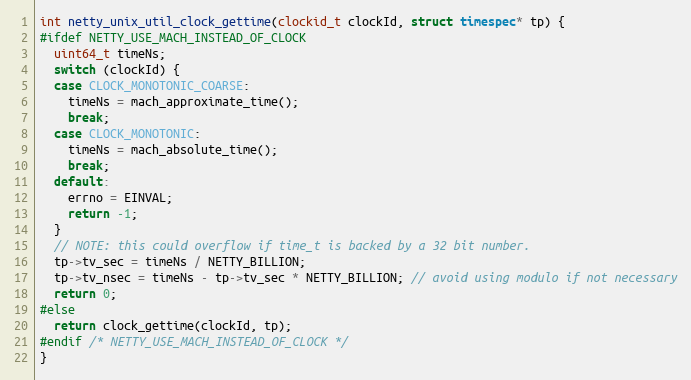
Language: C
int netty_unix_util_clock_gettime(clockid_t clockId, struct timespec* tp) {
#ifdef NETTY_USE_MACH_INSTEAD_OF_CLOCK
  uint64_t timeNs;
  switch (clockId) {
  case CLOCK_MONOTONIC_COARSE:
    timeNs = mach_approximate_time();
    break;
  case CLOCK_MONOTONIC:
    timeNs = mach_absolute_time();
    break;
  default:
    errno = EINVAL;
    return -1;
  }
  // NOTE: this could overflow if time_t is backed by a 32 bit number.
  tp->tv_sec = timeNs / NETTY_BILLION;
  tp->tv_nsec = timeNs - tp->tv_sec * NETTY_BILLION; // avoid using modulo if not necessary
  return 0;
#else
  return clock_gettime(clockId, tp);
#endif /* NETTY_USE_MACH_INSTEAD_OF_CLOCK */
}